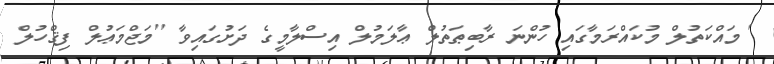
' މައްކަތުލް މުކައްރަމާގައި ހުންނަ ރާބިޠަތުލް ޢާލަމުލް އިސްލާމީގެ ދަށުގައިވާ ''މަޖްމަޢުލް ފިޤްހުލް